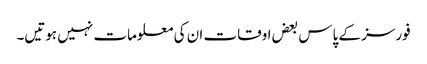
فورسز کے پاس بعض اوقات ان کی معلومات نہیں ہوتیں۔